Tezpur Lunatic Asylum reports 1877-1894 - 1877-1894
Year: 1877
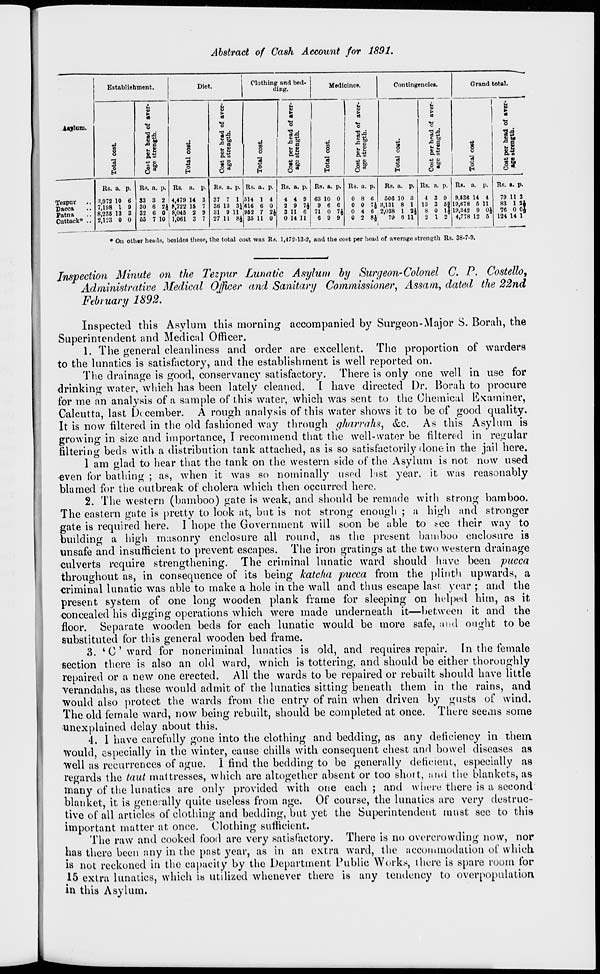
Abstract of Cash Account for 1891.
Ujhini.
Establishment.
.
14 ■a a
**£
•f 0)
Diet.
3
Tespur
Dacca
Fatna
Cuttack"
Rs. a. p.
:l,972 10
7,198 1
8,235 13
2,123 0
Us. a. p.
S3 3 2
Its, a. p.
4,47!) 14 3
30 6 2J J.722 15 7
32 0 0 I 8,045 2 9
65 7 10 1,061 3 7
\
>
14
o
Clothing and bed-
ding.
■■«
i
B
g
<f
|
o
"Q J
rt J3
*s
i|
o
S
U
SJ
e
S*
Medicines.
Contingencies
Grand total.
o
H
*
B
c
t»
H
c9
o
C
Q to
i
1
M
u
8.**
o
09
■W <D
■
8%
O
il
o
H
o "
H
•a a
H
Hs. a. p.
37 7 1
36 13 31
81 9 11
27 11 8J
Rs. a. p.
514 1 4
616 6 0
952 7 2,
35 11 0
Rs. a. p.
4 4 9
2 9 7A
3 11 6
0 14 11
Rs. a. p.
63 10 0
9 6 6
71 0 7*
6 9 9
Rs. a. p. Rs. a. p.
506 10 3
i H.131 8 1
6 .2,038 1 2*
8J
79 6 11
IN. a. p. Rs. a. p.
4
13
8
3 9
3 5
0 1
1 2
9,136 14 4
19,678 5 11
19,342 9 0}
4,778 12 5
Rs. a. p.
79 11
83
76
124 14 1"
131
0 OJ
• On other hends, besides these, the total cost was Rs. 1,472-13-2, and tho cost per head of average strength Rs. 38-7-9.
Inspection Minute on the Tezpur Lunatic Asylum by Surgeon-Colonel C. P. Costello,
Administrative Medical Officer and Sanitary Commissioner, Assam, dated the 22nd
February 1892.
Inspected this Asylum this morning accompanied by Surgeon-Major S. Borah, the
Superintendent and Medical Officer.
1. The general cleanliness and order are excellent. The proportion of warders
to the lunatics is satisfactory, and the establishment is well reported on.
The drainage is good, conservancy satisfactory. There is only one well in use for
drinking water, which has been lately cleaned. 1 have directed Dr. Borah to procure
for me an analysis of a sample of this water, which was sent to the Chemical Examiner,
Calcutta, last D< cember. A rough analysis of this water shows it to be of good quality.
It is now filtered in the old fashioned way through gharrahs, &c. As this Asylum is
growing in size and importance, I recommend that the well-water be filtered in regular
filtering beds with a distribution tank attached, as is so satisfactorily done in the jail here.
1 am glad to hear that the tank on the western side of the Asylum is not now used
•even for bathing ; as, when it was so nominally used hist year, it was reasonably
blamed for the outbreak of cholera which then occurred here.
2. The western (bamboo) gate is weak, and should be remade with strong bamboo.
The eastern gate is pretty to look at, but is not strong enough : a high and stronger
gate is required here. I hope the Government will soon be able to .^ee their way to
building a high masonry enclosure all round, as the present bamboo enclosure is
unsafe and insufficient to prevent escapes. The iron gratings at the two western drainage
culverts require strengthening. The criminal lunatic ward should have been pucca
throughout as, in consequence of its being katcha pucca from the plinth upwards, a
criminal lunatic was able to make a hole in the wall and thus escape lasi year ; and the
present system of one long wooden plank frame for sleeping on helped him, as it
concealed his digging operations which were made underneath it—between it and the
floor. Separate wooden beds for each lunatic would be more safe, and ought to be
substituted for this general wooden bed frame.
3. ' C' ward for noncriminal lunatics is old, and requires repair. In the female
section there is also an old ward, which is tottering, and should be either thoroughly
repaired or a new one erected. All the wards to be repaired or rebuilt should have little
verandahs, as these would admit of the lunatics sitting beneath them in the rains, and
would also protect the wards from the entry of rain when driven by gusts of wind.
The old female ward, now being rebuilt, should be completed at once. There seems some
unexplained delay about this.
4. 1 have carefully gone into the clothing and bedding, as any deficiency in them
would, especially in the winter, cause chills with consequent chest and bowel diseases as
well as recurrences of ague. I find the bedding to be generally deficient, especially as
regards the taut mattresses, which are altogether absent or too short, and the blankets, as
many of the lunatics are only provided with one each ; and where there is a second
blanket, it is generally quite useless from age. Of course, the lunatics are very destruc-
tive of all articles of clothing and bedding, but yet the Superintendent must see to this
important matter at once. Clothing sufficient.
The raw and cooked food are very satisfactory. There is no overcrowding now, nor
has there been any in the past year, as in an extra ward, the accommodation of which
is not reckoned in the capacity by the Department Public Works, there is spare room for
15 extra lunatics, which is utilized whenever there is any tendency to overpopulation
in this Asylum.